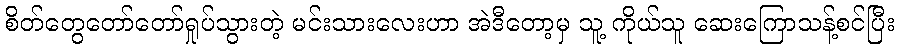
စိတ်တွေတော်တော်ရှုပ်သွားတဲ့ မင်းသားလေးဟာ အဲဒီတော့မှ သူ့ ကိုယ်သူ ဆေးကြောသန့်စင်ပြီး